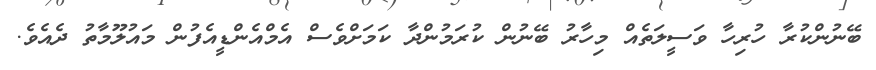
ބޭނުންކުރާ ހުރިހާ ވަސީލަތެއް މިހާރު ބޭނުން ކުރަމުންދާ ކަމަށްވެސް އެމްއެންޑީއެފުން މައުލޫމާތު ދެއެވެ.